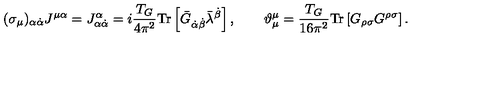
( \sigma _ { \mu } ) _ { \alpha \dot { \alpha } } J ^ { \mu \alpha } = J _ { \alpha \dot { \alpha } } ^ { \alpha } = i \frac { T _ { G } } { 4 \pi ^ { 2 } } \mathrm { T r } \left[ \bar { G } _ { \dot { \alpha } \dot { \beta } } \bar { \lambda } ^ { \dot { \beta } } \right] , \qquad \vartheta _ { \mu } ^ { \mu } = \frac { T _ { G } } { 1 6 \pi ^ { 2 } } \mathrm { T r } \left[ G _ { \rho \sigma } G ^ { \rho \sigma } \right] .